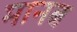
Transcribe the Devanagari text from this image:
मानब